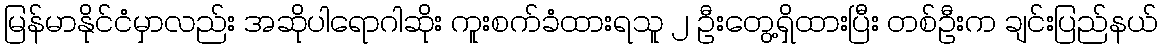
မြန်မာနိုင်ငံမှာလည်း အဆိုပါရောဂါဆိုး ကူးစက်ခံထားရသူ ၂ ဦးတွေ့ရှိထားပြီး တစ်ဦးက ချင်းပြည်နယ်